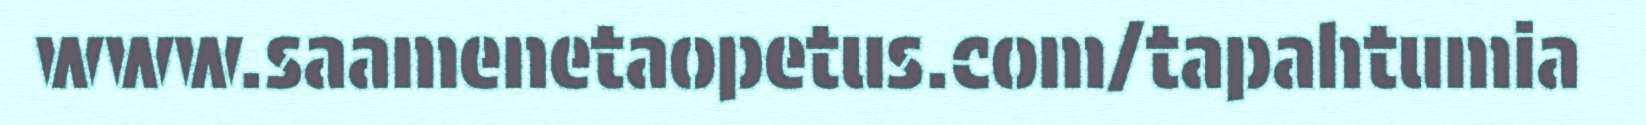
www.saamenetaopetus.com/tapahtumia